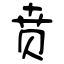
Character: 贲